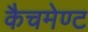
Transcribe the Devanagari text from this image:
कैचमेण्ट